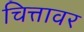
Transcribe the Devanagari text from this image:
चित्तावर